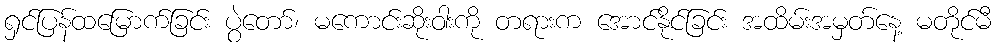
ရှင်ပြန်ထမြောက်ခြင်း ပွဲတော်၊ မကောင်းဆိုးဝါးကို တရားက အောင်နိုင်ခြင်း အထိမ်းအမှတ်နေ့ မတိုင်မီ